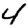
Digit: 4